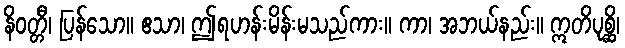
နိဝတ္တီ၊ ပြန်သော။ ဧသာ၊ ဤရဟန်းမိန်းမသည်ကား။ ကာ၊ အဘယ်နည်း။ ဣတိပုစ္ဆိ၊